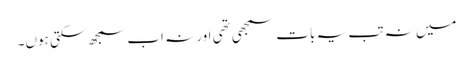
میں نہ تب یہ بات سمجھی تھی اور نہ اب سمجھ سکتی ہوں۔